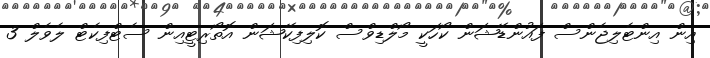
އިން އިންޓެލިޖެންސް ފައުންޑޭޝަން ކޯހަކީ މޯލްޑިވްސް ކޮލިފިކޭޝަން އޮތޯރިޓީއިން ސެޓްފިކެޓް ލެވެލް 3